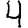
Digit: 4